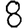
Digit: 8